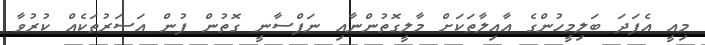
މިއީ އެފަދަ ބަލިމީހުންގެ އާއިލާތަކަށް މާލީގޮތުންނާއި ނަފްސާނީ ގޮތުން ފުން އަސަރުތަކެއް ކުރުވާ